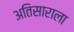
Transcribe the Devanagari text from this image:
अतिसाराला